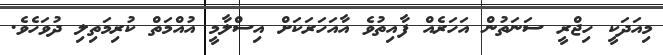
މިއަދަކީ ހިޖްރީ ސަނަތުން އަހަރެއް ފާއިތުވެ އާއަހަރަކަށް އިސްލާމީ އުއްމަތް ކުރިމަތިލި ދުވަހެވެ.